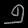
Digit: ၅